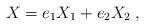
LaTeX: \begin{align*} X=e_1X_1+e_2X_2\;,\end{align*}